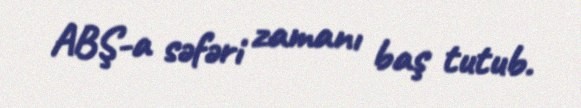
ABŞ-a səfəri zamanı baş tutub.